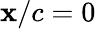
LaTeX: \mathbf{x}/c=0